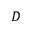
D